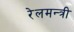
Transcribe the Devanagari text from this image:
रेलमन्त्री